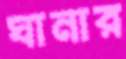
ঘানার